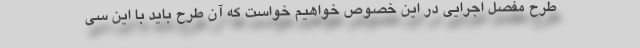
طرح مفصل اجرایی در این خصوص خواهیم خواست که آن طرح باید با این سی